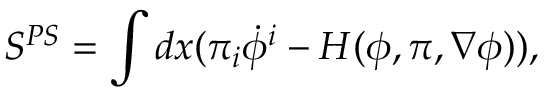
S ^ { P S } = \int d x ( \pi _ { i } \dot { \phi } ^ { i } - H ( \phi , \pi , \nabla \phi ) ) ,